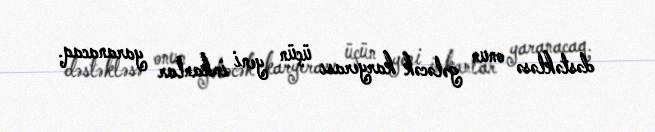
dəstəkləsə onun gələcək karyerası üçün yeni imkanlar yaranacaq.